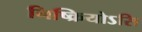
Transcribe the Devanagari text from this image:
निष्क्रियोऽसि